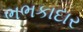
ભભકાદાર